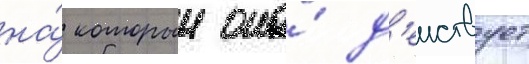
на́ которыи она́ д'еиствует